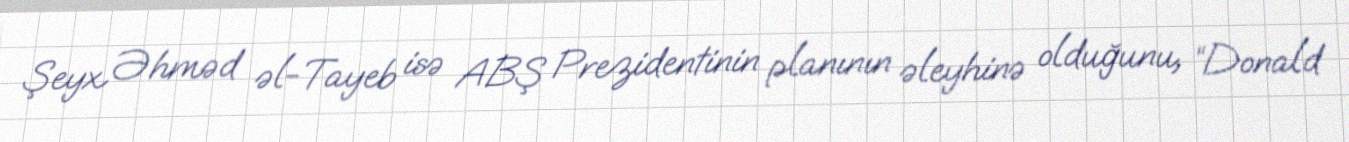
Şeyx Əhməd əl-Tayeb isə ABŞ Prezidentinin planının əleyhinə olduğunu, “Donald